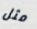
مثل